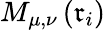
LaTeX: M_{\mu,\nu}\left(\mathfrak{r}_{i}\right)